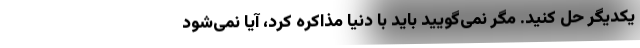
یکدیگر حل کنید. مگر نمی‌گویید باید با دنیا مذاکره کرد، آیا نمی‌شود